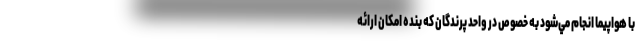
با هواپيما انجام مي‌شود به ‌خصوص در واحد پرندگان كه بنده امكان ارائه